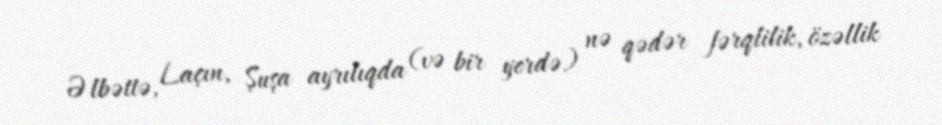
Əlbəttə, Laçın, Şuşa ayrılıqda (və bir yerdə) nə qədər fərqlilik, özəllik